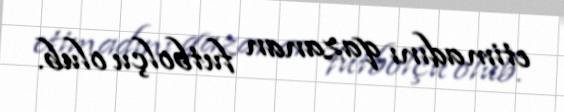
etimadını qazanan futbolçu olub.